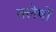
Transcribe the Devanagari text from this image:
क्लेषों